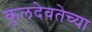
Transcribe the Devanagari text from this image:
कुलदेवतेच्या